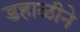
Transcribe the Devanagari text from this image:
डहाळीने